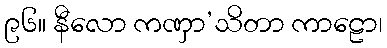
၉၆။ နီလော ကဏှာ’သိတာ ကာဠော၊